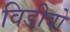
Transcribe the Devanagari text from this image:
विडीवो